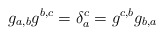
\begin{align*}g_{a,b}g^{b,c} = \delta_a^c = g^{c,b}g_{b,a}\end{align*}